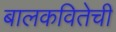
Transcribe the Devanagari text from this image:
बालकवितेची